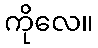
ကိုလေ။